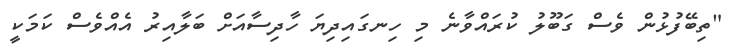
"ތިބޭފުޅުން ވެސް ގަބޫލު ކުރައްވާނެ މި ހިނގައިދިޔަ ހާދިސާއަށް ބަލާއިރު އެއްވެސް ކަމަކީ